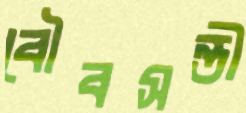
বৌবসন্তী